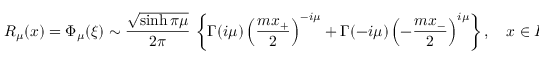
R _ { \mu } ( x ) = \Phi _ { \mu } ( \xi ) \sim \frac { \sqrt { \sinh \pi \mu } } { 2 \pi } \, \left\{ \Gamma ( i \mu ) \left( \frac { m x _ { + } } 2 \right) ^ { - i \mu } + \Gamma ( - i \mu ) \left( - \frac { m x _ { - } } 2 \right) ^ { i \mu } \right\} , \quad x \in R , \quad x _ { \pm } \to 0 .